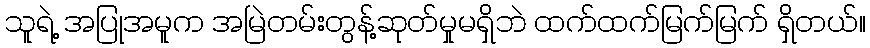
သူရဲ့ အပြုအမူက အမြဲတမ်းတွန့်ဆုတ်မှုမရှိဘဲ ထက်ထက်မြက်မြက် ရှိတယ်။